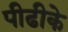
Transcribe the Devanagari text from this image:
पीढीके